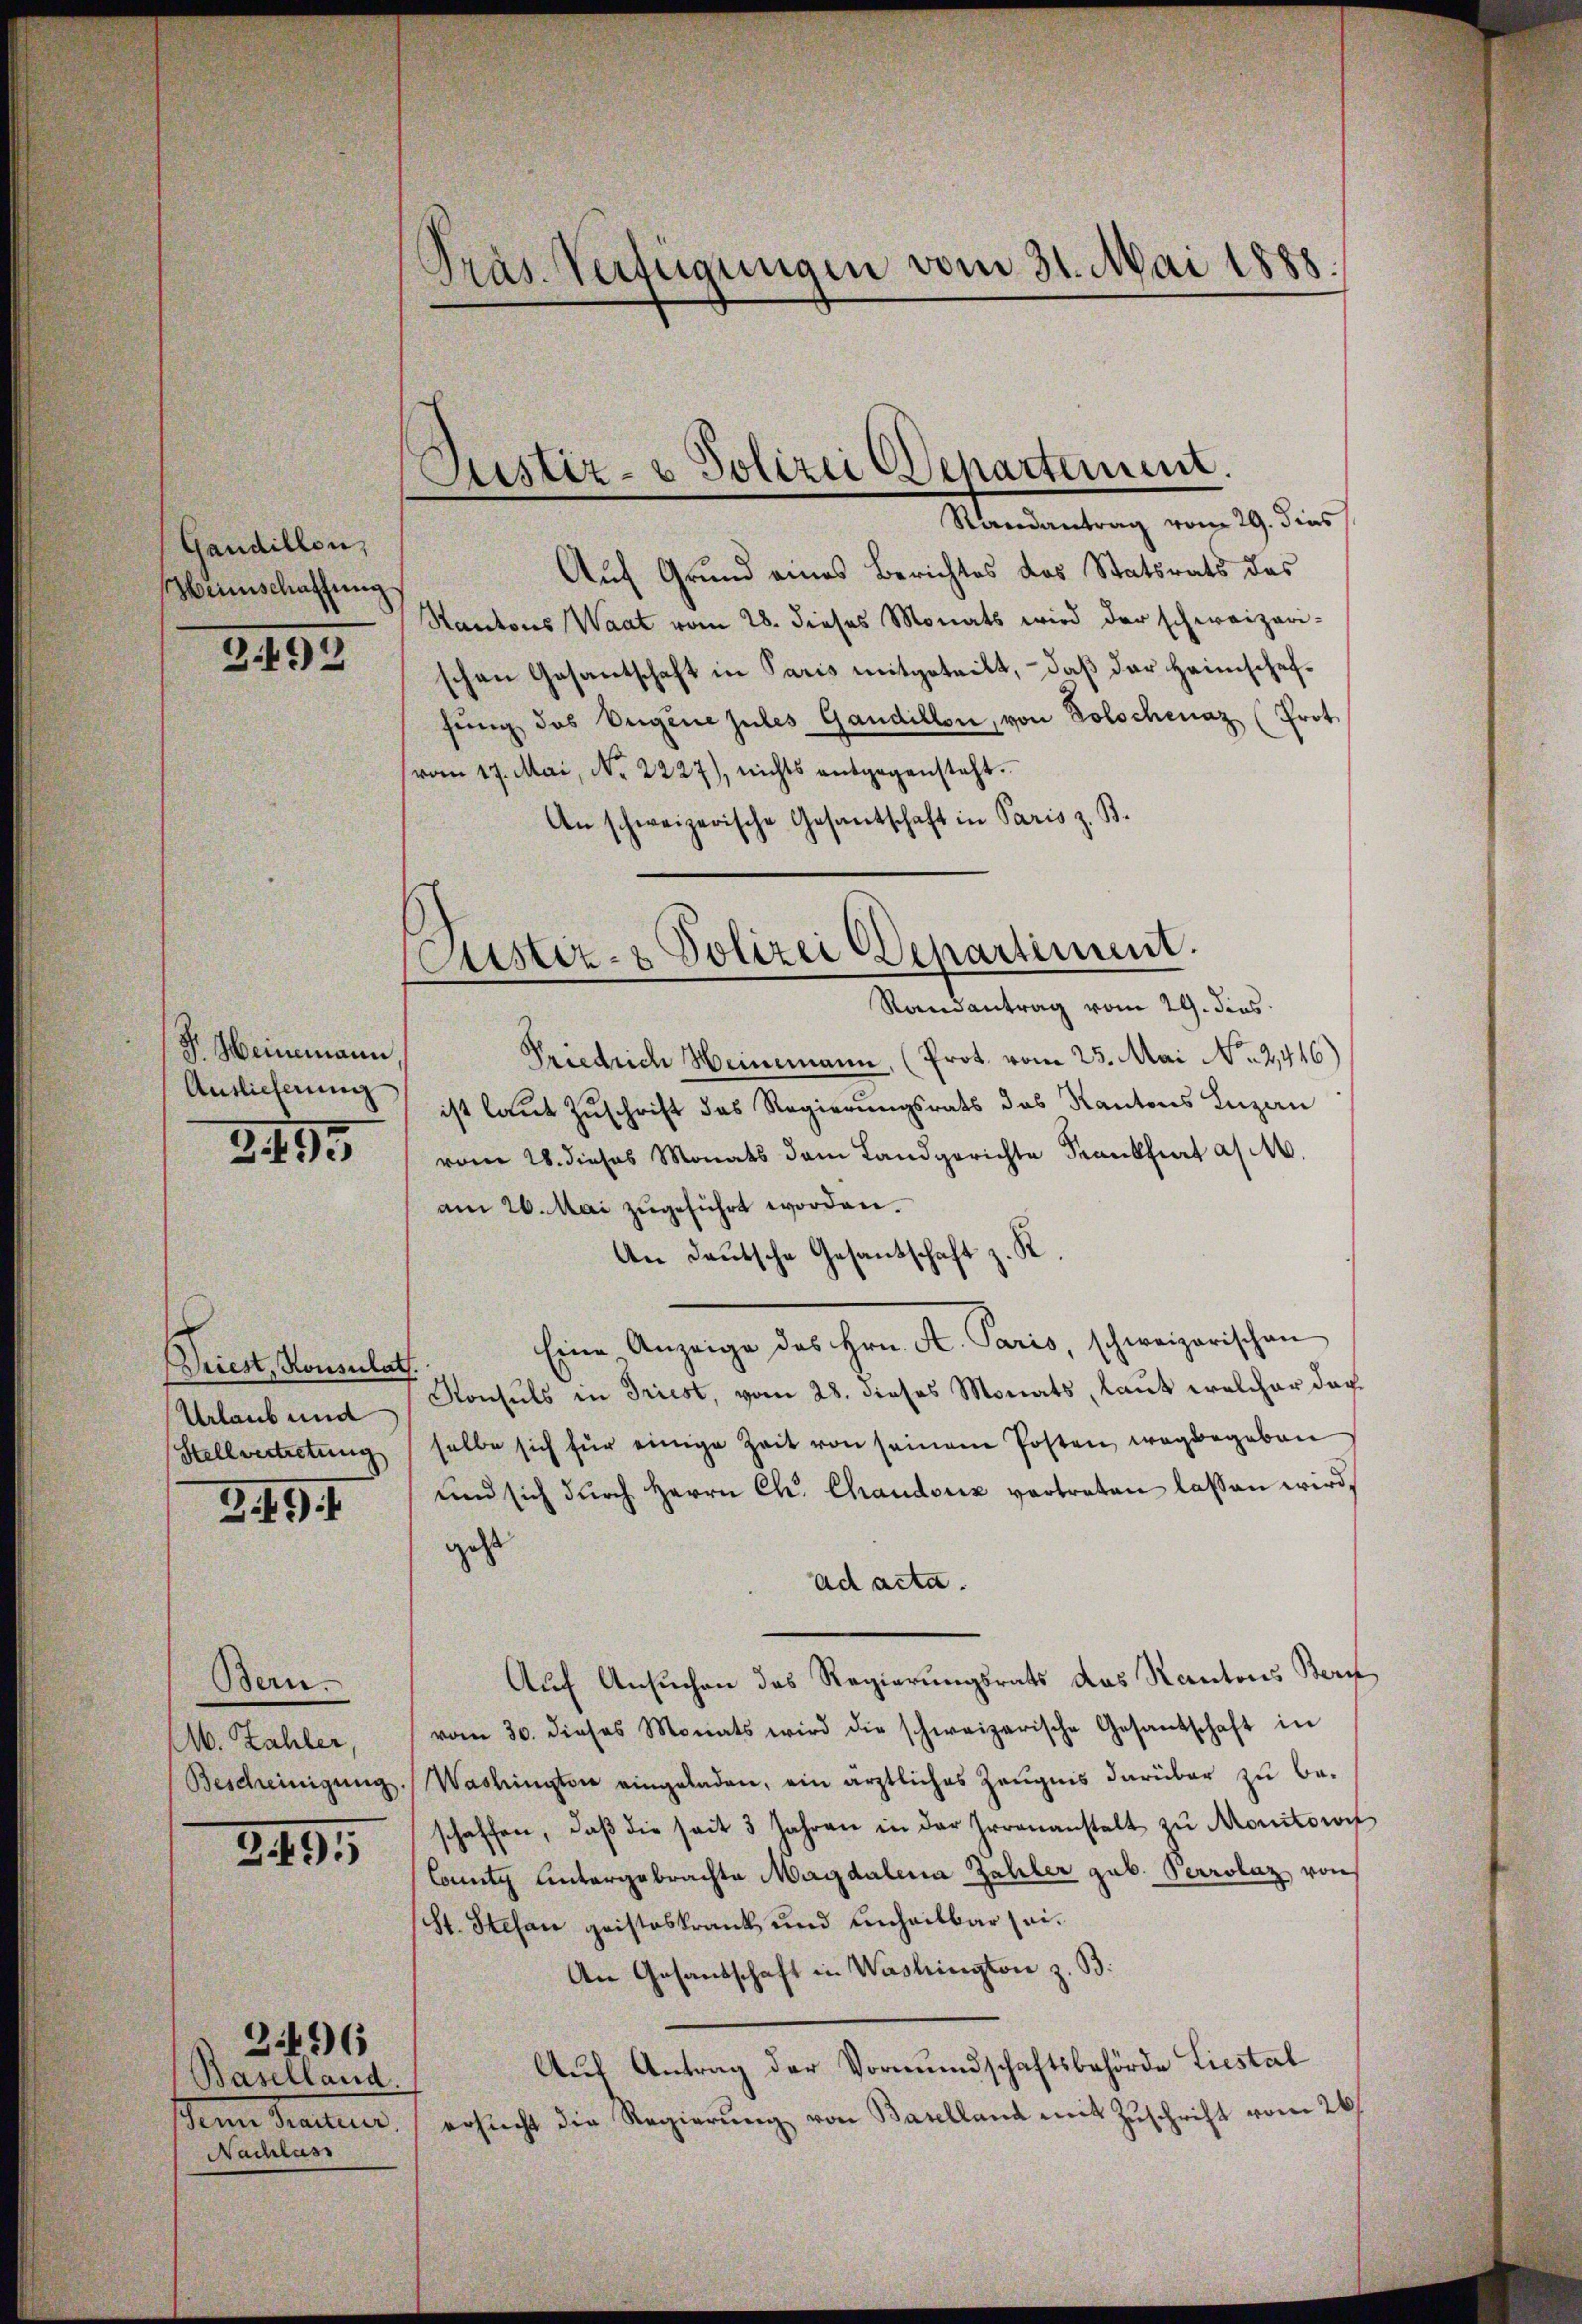
Gandillen,
Mbeinschaffung

3492

F. Heinemann.
Auslieferung

3495

Driest, Konsulats.
Urlaub und
Stellvertretung
349 f

Bern.
M. Zahler,
Bescheinigung.

3495

Baselland.
Nachlass

2496

Präs. Verfügungen vom 31. Mai 1888.

Justiz- & Polizei Departement.
Randantrag vom 29. dies

Custiz- & Polizei Departement.
Randantrag vom 29. dies

Auf Grund eines Berichtes das Statsrats des
Kantons Waat vom 28. dieses Monats wird der schweizeri-
schen Gesantschaft in Paris mitgeteilt, daß der Heimschafsŭng des Eugene zules Gandillon, von Kolochenaz (Prot
vom 17. Mai, No. 2227), nichts entgegensteht.
An schweizerische Gesantschaft in Paris z. B.
Friedrich Heinemann, (Prot. vom 25. Mai No 2,416)
ist laut Zuschrift des Regierungsrats das Kantons Luzau
vom 28. dieses Monats dem Landgerichte Krankfurt a/M.
am 26. Mai zugeführt worden.
An Deutsche Gesantschaft z. R.
Eine Anzeige des Hrn. R. Paris, schweizerischen
Konsuls in Triest, vom 28. dieses Monats, laut welcher dar
selbe sich für einige Zeit von seinem Posten wegbegeben
und sich dŭrch Herrn Ch. Chaudenz vertreten lassen wird,
geht
ad acta.
Auch Ansuchen des Regierungsrats das Kantons Bern,
vom 30. dieses Monats wird die schweizerische Gesandschaft in
Washington eingeladen, ein ärztliches Zeugnis darüber zu be-
schaffen, daβ die seit 3 Jahren in der Irrenanstalt zŭ Monitori
County untergebrachte Magdalena Zahler gub. Perrolaz von
(St. Stefan geisteskrank und unheilbar sei¬
An Gesandschaft in Washington z. B.
Auf Antrag der Vormundschaftsbehörde Liestal
sein Tracteur, ersucht die Regierung von Baulland mit Zuschrift vom 26.